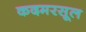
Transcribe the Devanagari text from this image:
कदमरसूल